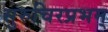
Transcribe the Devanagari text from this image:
सुरुचिरप्रभम्